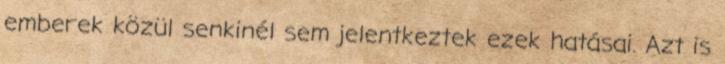
emberek közül senkinél sem jelentkeztek ezek hatásai. Azt is